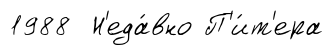
1988 Н'еда́вно П'и́т'ера